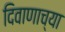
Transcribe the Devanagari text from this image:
दिवाणाच्या